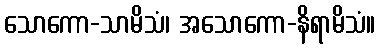
သောကော-သာမိသံ၊ အသောကော-နိရာမိသံ။